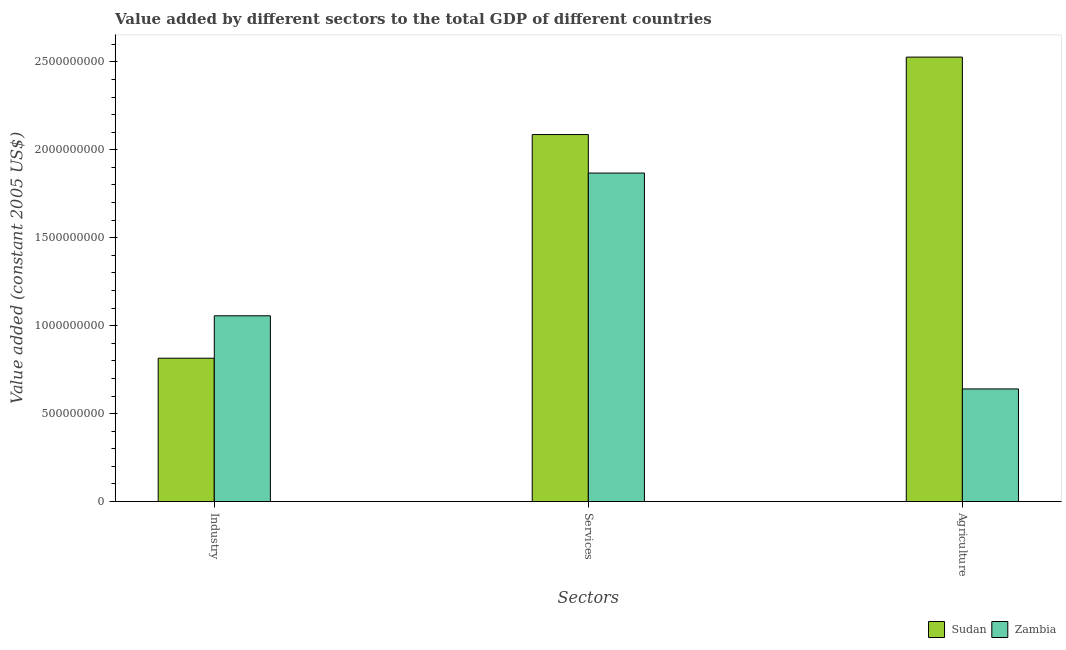
| Sectors | Sudan | Zambia |
 | --- | --- | --- |
 | Industry | 8.15e+08 | 1.06e+09 |
 | Services | 2.09e+09 | 1.87e+09 |
 | Agriculture | 2.53e+09 | 6.4e+08 |